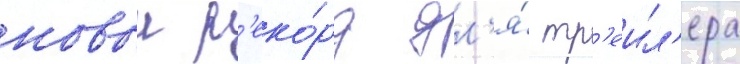
новыи р'еко́рд дл'я́ тр'еил'ера